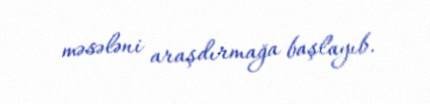
məsələni araşdırmağa başlayıb.